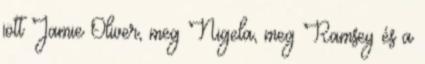
jött Jamie Oliver, meg Nigela, meg Ramsey és a